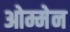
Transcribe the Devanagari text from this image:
ओम्मेन